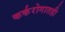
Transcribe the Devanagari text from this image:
कर्करोगातही